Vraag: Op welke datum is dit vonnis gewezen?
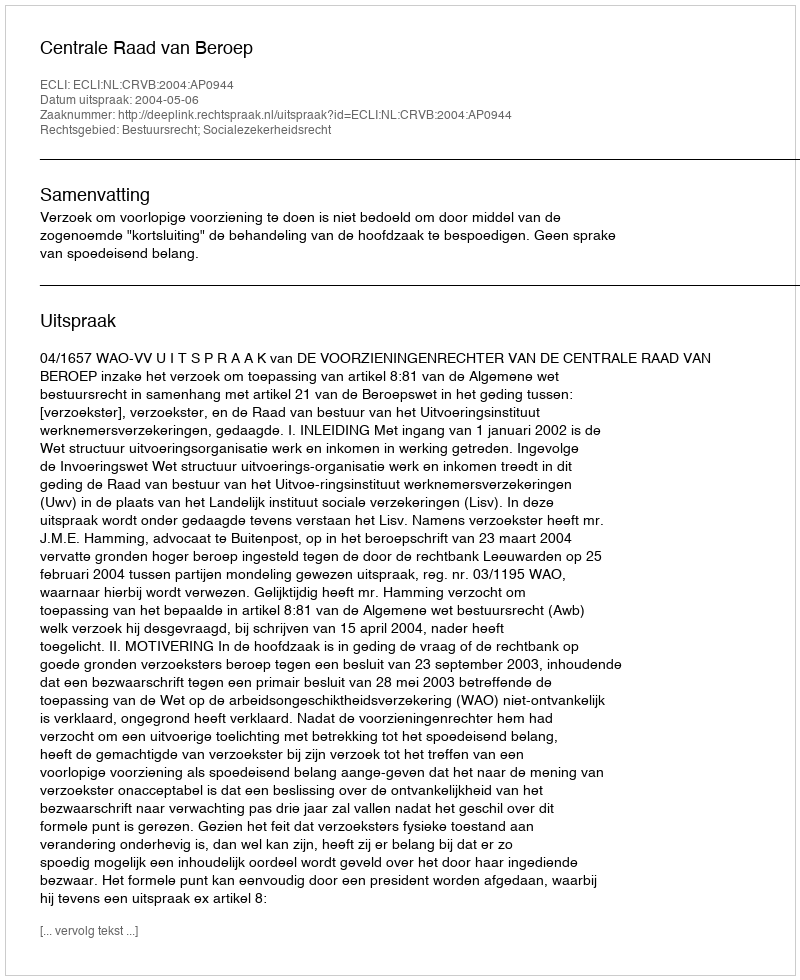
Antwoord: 2004-05-06